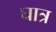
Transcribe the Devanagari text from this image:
घात्र